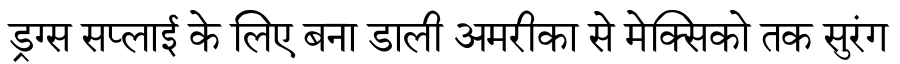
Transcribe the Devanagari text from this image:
ड्रग्स सप्लाई के लिए बना डाली अमरीका से मेक्सिको तक सुरंग